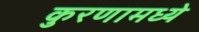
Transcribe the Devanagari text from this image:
कुरणामध्ये